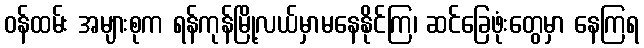
ဝန်ထမ်း အများစုက ရန်ကုန်မြို့လယ်မှာမနေနိုင်ကြ၊ ဆင်ခြေဖုံးတွေမှာ နေကြရ